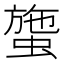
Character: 䗐